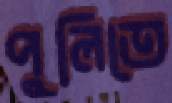
পুলিতে